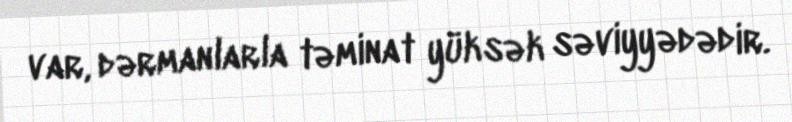
var, dərmanlarla təminat yüksək səviyyədədir.